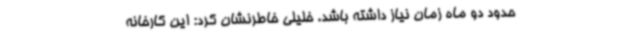
حدود دو ماه زمان نیاز داشته باشد. خلیلی خاطرنشان کرد: این کارخانه